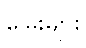
မြေးများ